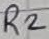
Text: R2